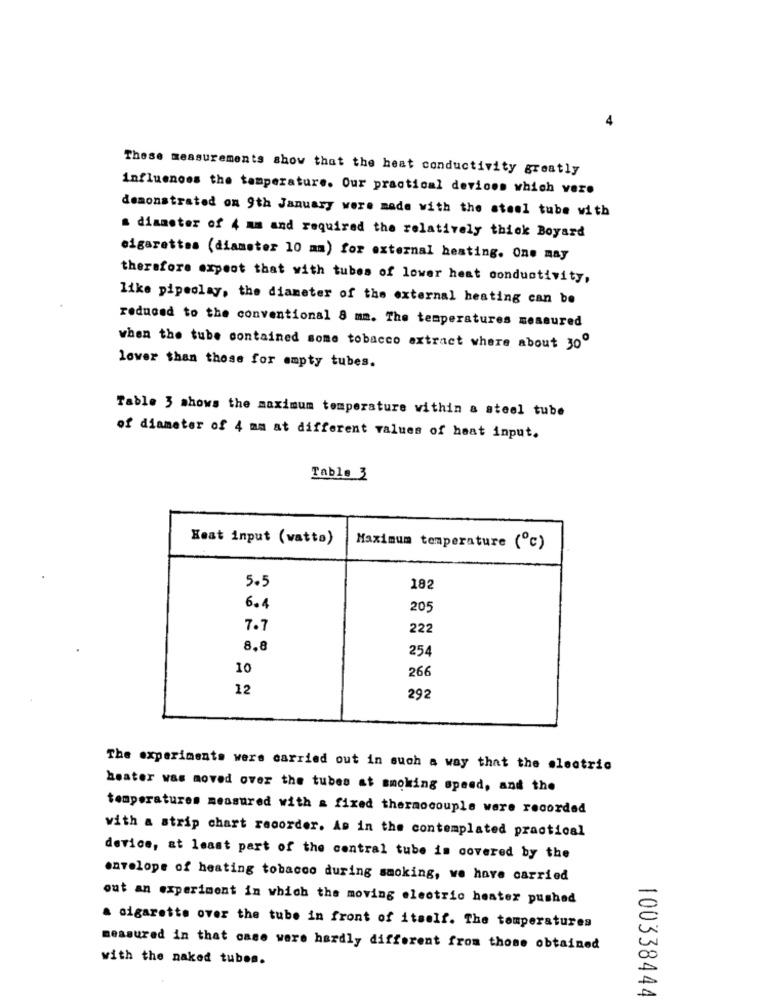
These measurements show that the heat conductivity greatly
influences the temperature. Our practical devices which vero
demonstrated on 9th January were made with the steel tube with
a diameter of 4 mm and required the relatively thick Boyard
cigarettes (diameter 10 mm) for external heating. One may
therefore expect that with tubes of lower heat conductivity,
like pipeolay, the diameter of the external heating can be
reduced to the conventional 8 mm. The temperatures measured
when the tube contained some tobacco extract where about 30
lower than those for empty tubes.
Table 3 shows the maximum temperature within a steel tube
of diameter of 4 mm at different values of heat input.
Table 3
Heat input (watta)
Maximum temperature (℃)
5.5
182
6.4
205
7.7
222
8.8
254
10
266
12
292
The experiments were carried out in such a way that the electric
heater was moved over the tubes at smoking speed, and the
temperatures measured with a fixed thermocouple were recorded
with a strip chart recorder. As in the contemplated practical
device, at least part of the central tube is covered by the
envelope of heating tobacco during smoking, we have carried
out an experiment in which the moving electric heater pushed
a cigarette over the tube in front of itself. The temperatures
measured in that case were hardly different from those obtained
with the naked tubes.
100338444